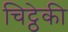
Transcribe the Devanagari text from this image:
चिट्ठेकी